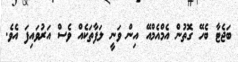
ބަޖެޓާ ބެހޭ ގޮތުން އެމްއެމްއޭ އިން ވަނީ ލަފާތަކެއް ވެސް އަރުވައިފަ އެވެ.